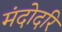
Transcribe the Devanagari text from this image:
मंदोदरि